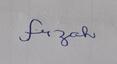
Signature authenticity: forged